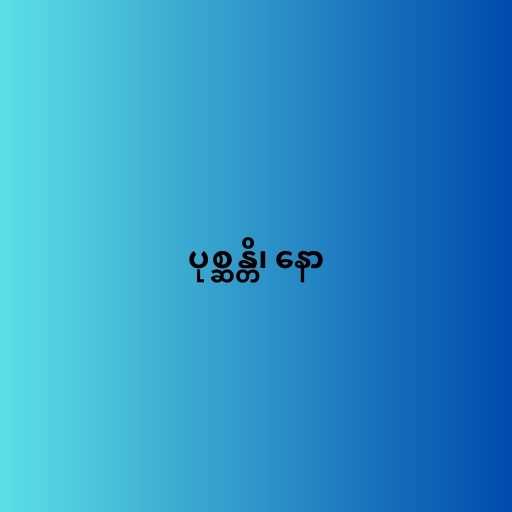
ပုစ္ဆန္တိ၊ နော